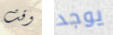
وقت يوجد